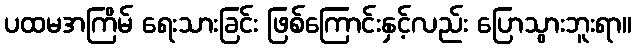
ပထမအကြိမ် ရေးသားခြင်း ဖြစ်ကြောင်းနှင့်လည်း ပြောသွားဘူးရာ။